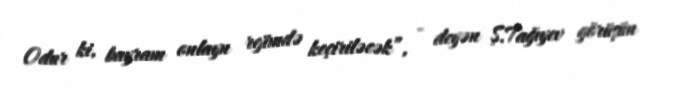
Odur ki, bayram onlayn rejimdə keçiriləcək”, - deyən Ş.Tağıyev görüşün